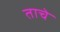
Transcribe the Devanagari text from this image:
ताचे